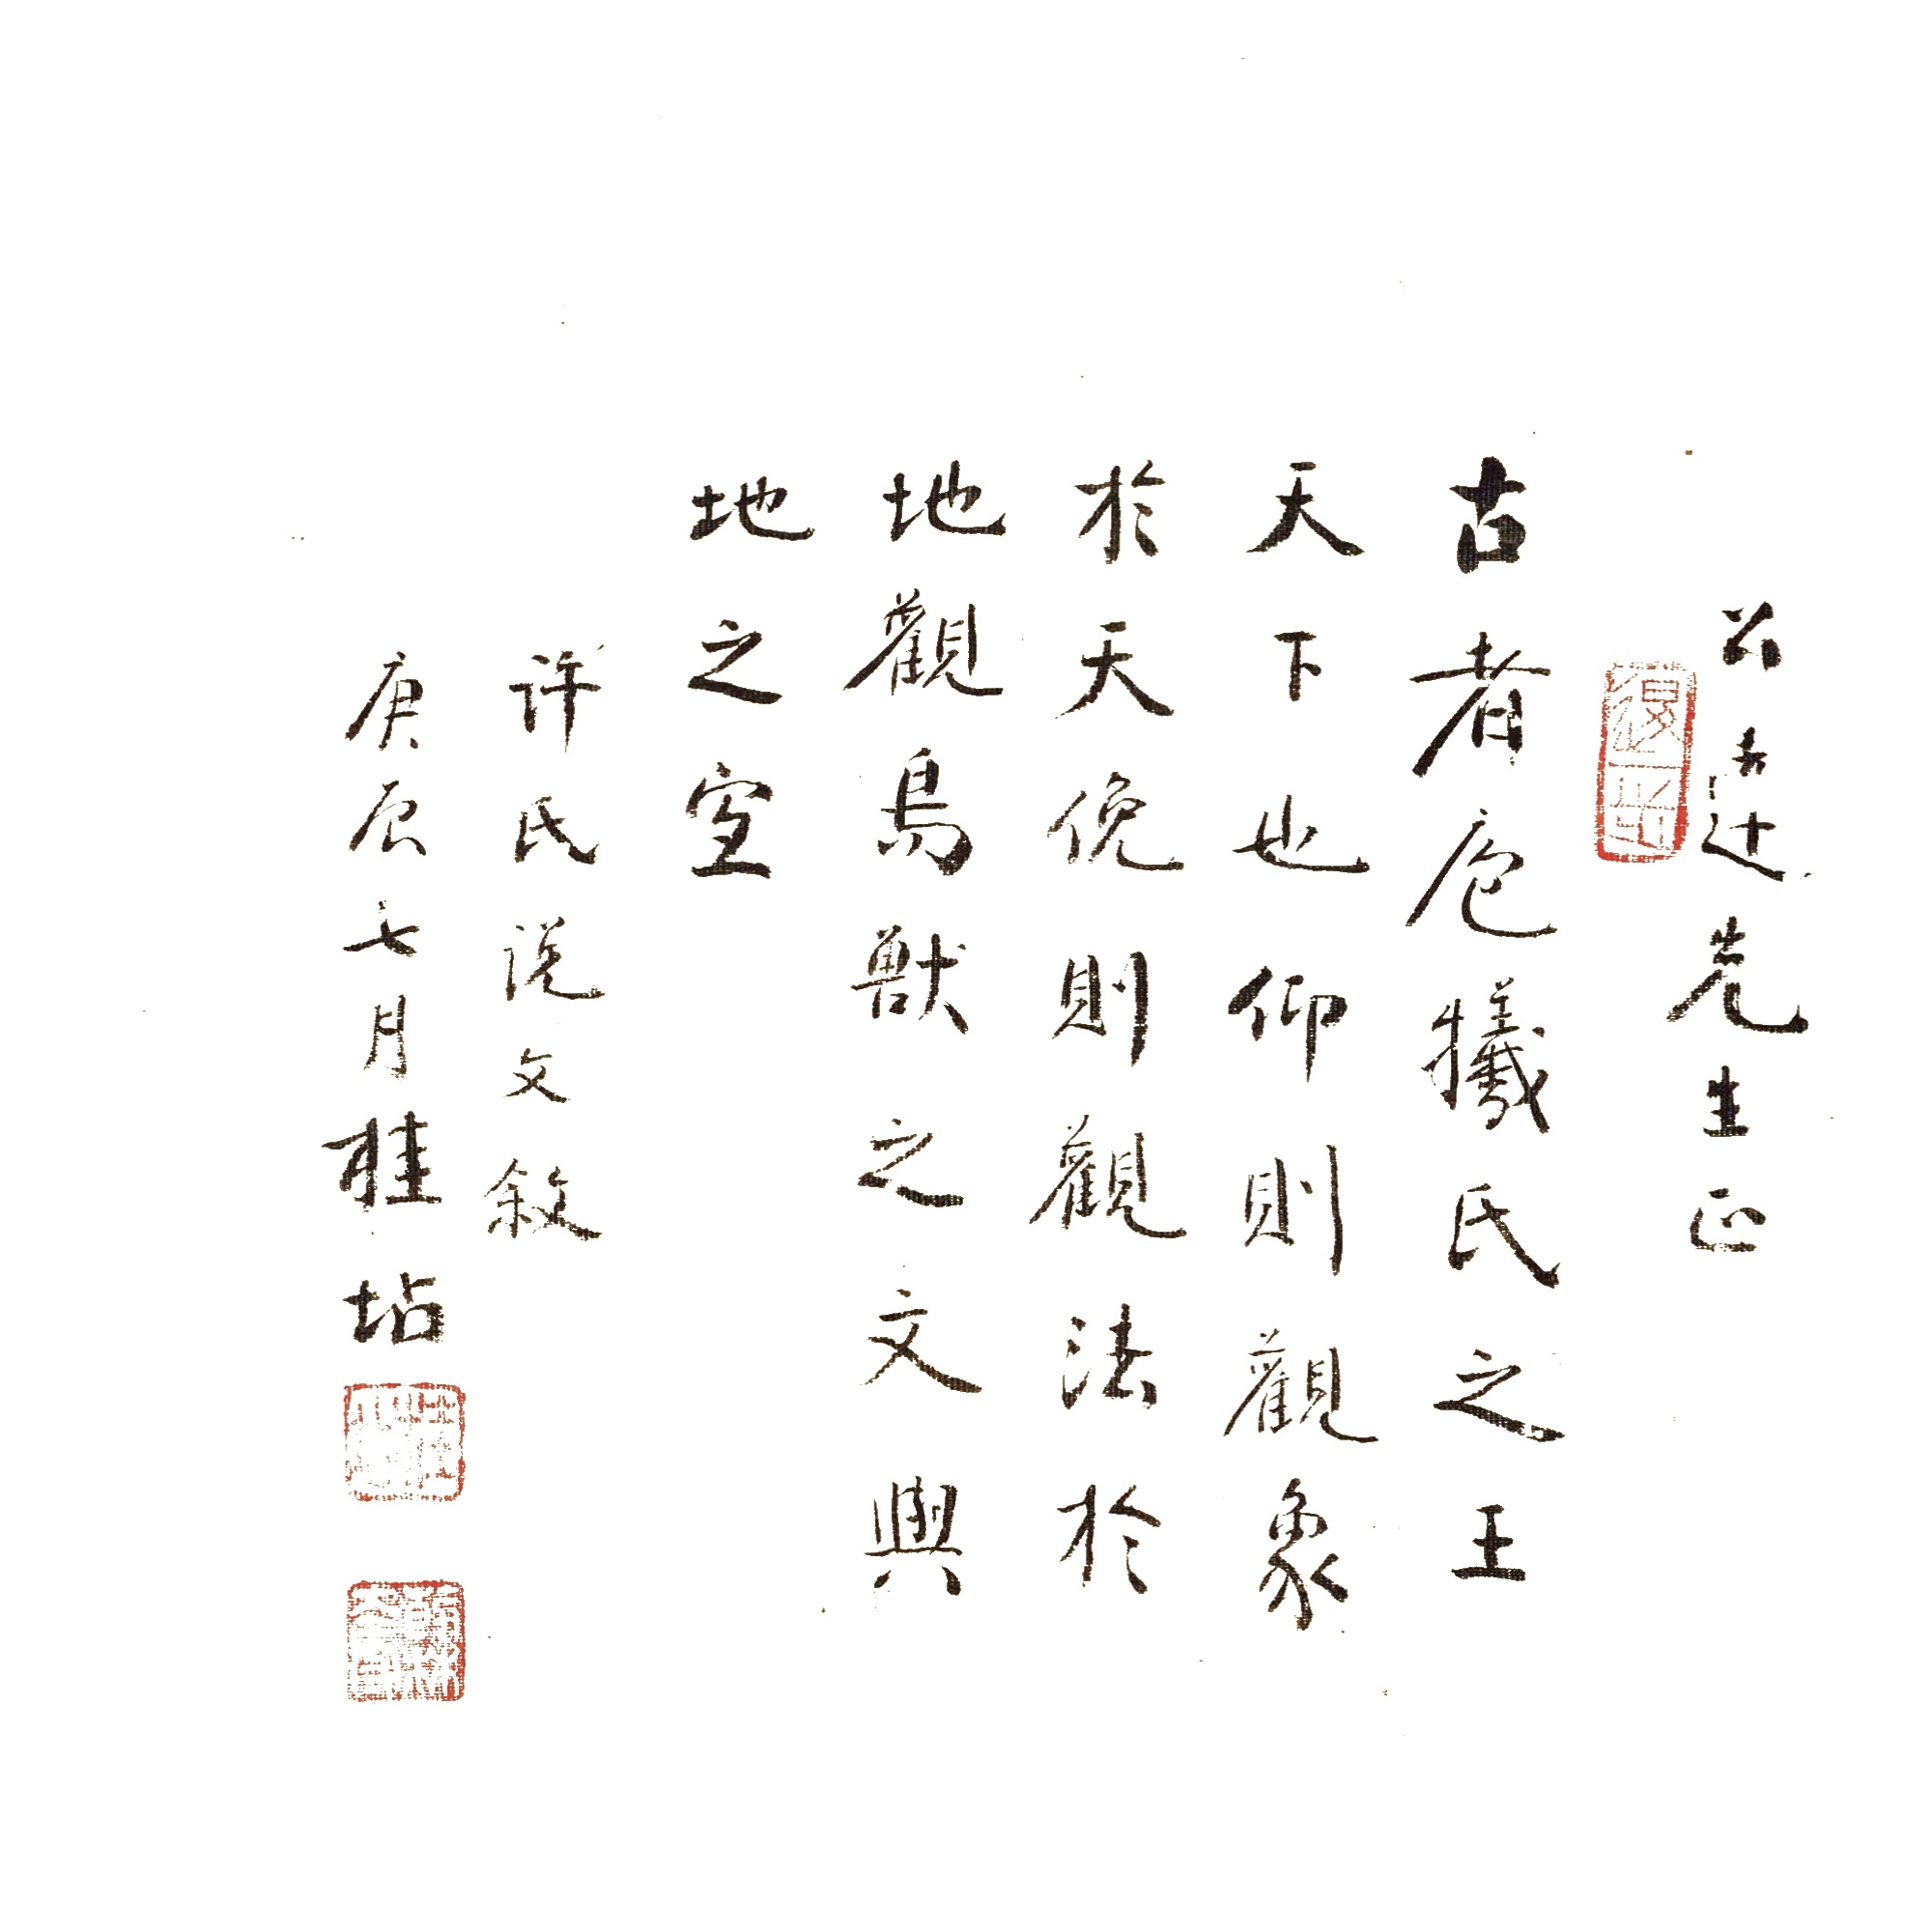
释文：古者庖牺氏之王天下也，仰则观象于天，俛则观法于地，观鸟兽之文与地之宜。公达先生正。许氏《说文叙》。庚辰七月，桂坫。